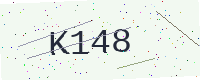
Text: K148